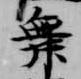
舞